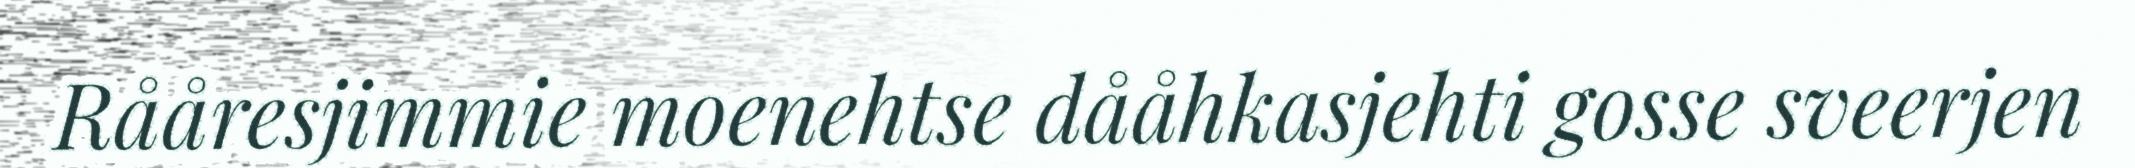
Rååresjimmie moenehtse dååhkasjehti gosse sveerjen